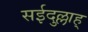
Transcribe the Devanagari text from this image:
सईदुल्लाह्